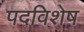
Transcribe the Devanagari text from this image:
पदविशेष